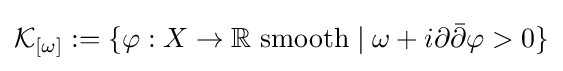
{\mathcal {K}}_{[\omega ]}:=\{\varphi :X\to \mathbb {R} {\text{ smooth}}\mid \omega +i\partial {\bar {\partial }}\varphi >0\}